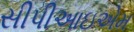
સીપીઆઇએમ